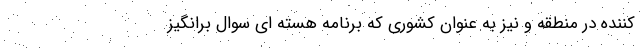
کننده در منطقه و نیز به عنوان کشوری که برنامه هسته ای سوال برانگیز